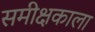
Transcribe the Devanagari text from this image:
समीक्षकाला